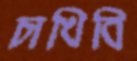
চাখিবি